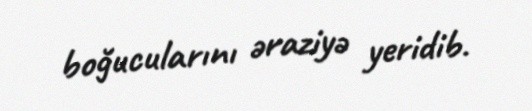
boğucularını əraziyə yeridib.